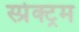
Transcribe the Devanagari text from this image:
स्प्रेक्ट्रम